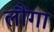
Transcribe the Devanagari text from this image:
लौंगा